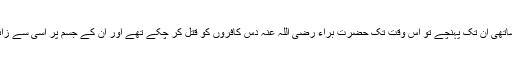
جب ان کے ساتھی ان تک پہنچے تو اس وقت تک حضرت براء رضی اللہ عنہ دس کافروں کو قتل کر چکے تھے اور ان کے جسم پر اسی سے زائد زخم تھے ۔